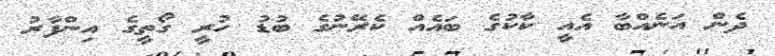
ދެން އަނެއްބާ އެއީ ކާކުގެ ބައެއް ކެރޭނުގެ ބުޑު ހުރީ ގޯތީގެ އިންފާރު